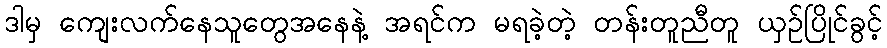
ဒါမှ ကျေးလက်နေသူတွေအနေနဲ့ အရင်က မရခဲ့တဲ့ တန်းတူညီတူ ယှဉ်ပြိုင်ခွင့်